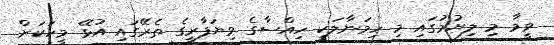
ވީމާ މި ލިޔުމުގައި މި ހިމަނާލަކީ ހިއްސާގެ ވިޔަފާރީގެ ތެރޭގައި އުޅޭ މީހަކަށް